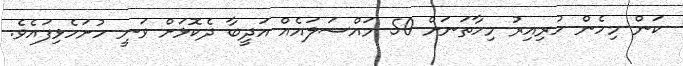
ކަން މިހެން ހުރިއިރު މިހާތަނަށް 50 މައްސަލައެއް އަދީބާ ދެކޮޅަށް ވަނީ ހުށަހެޅިފައެވެ.